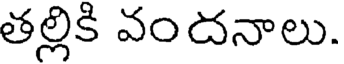
తల్లికి వందనాలు.